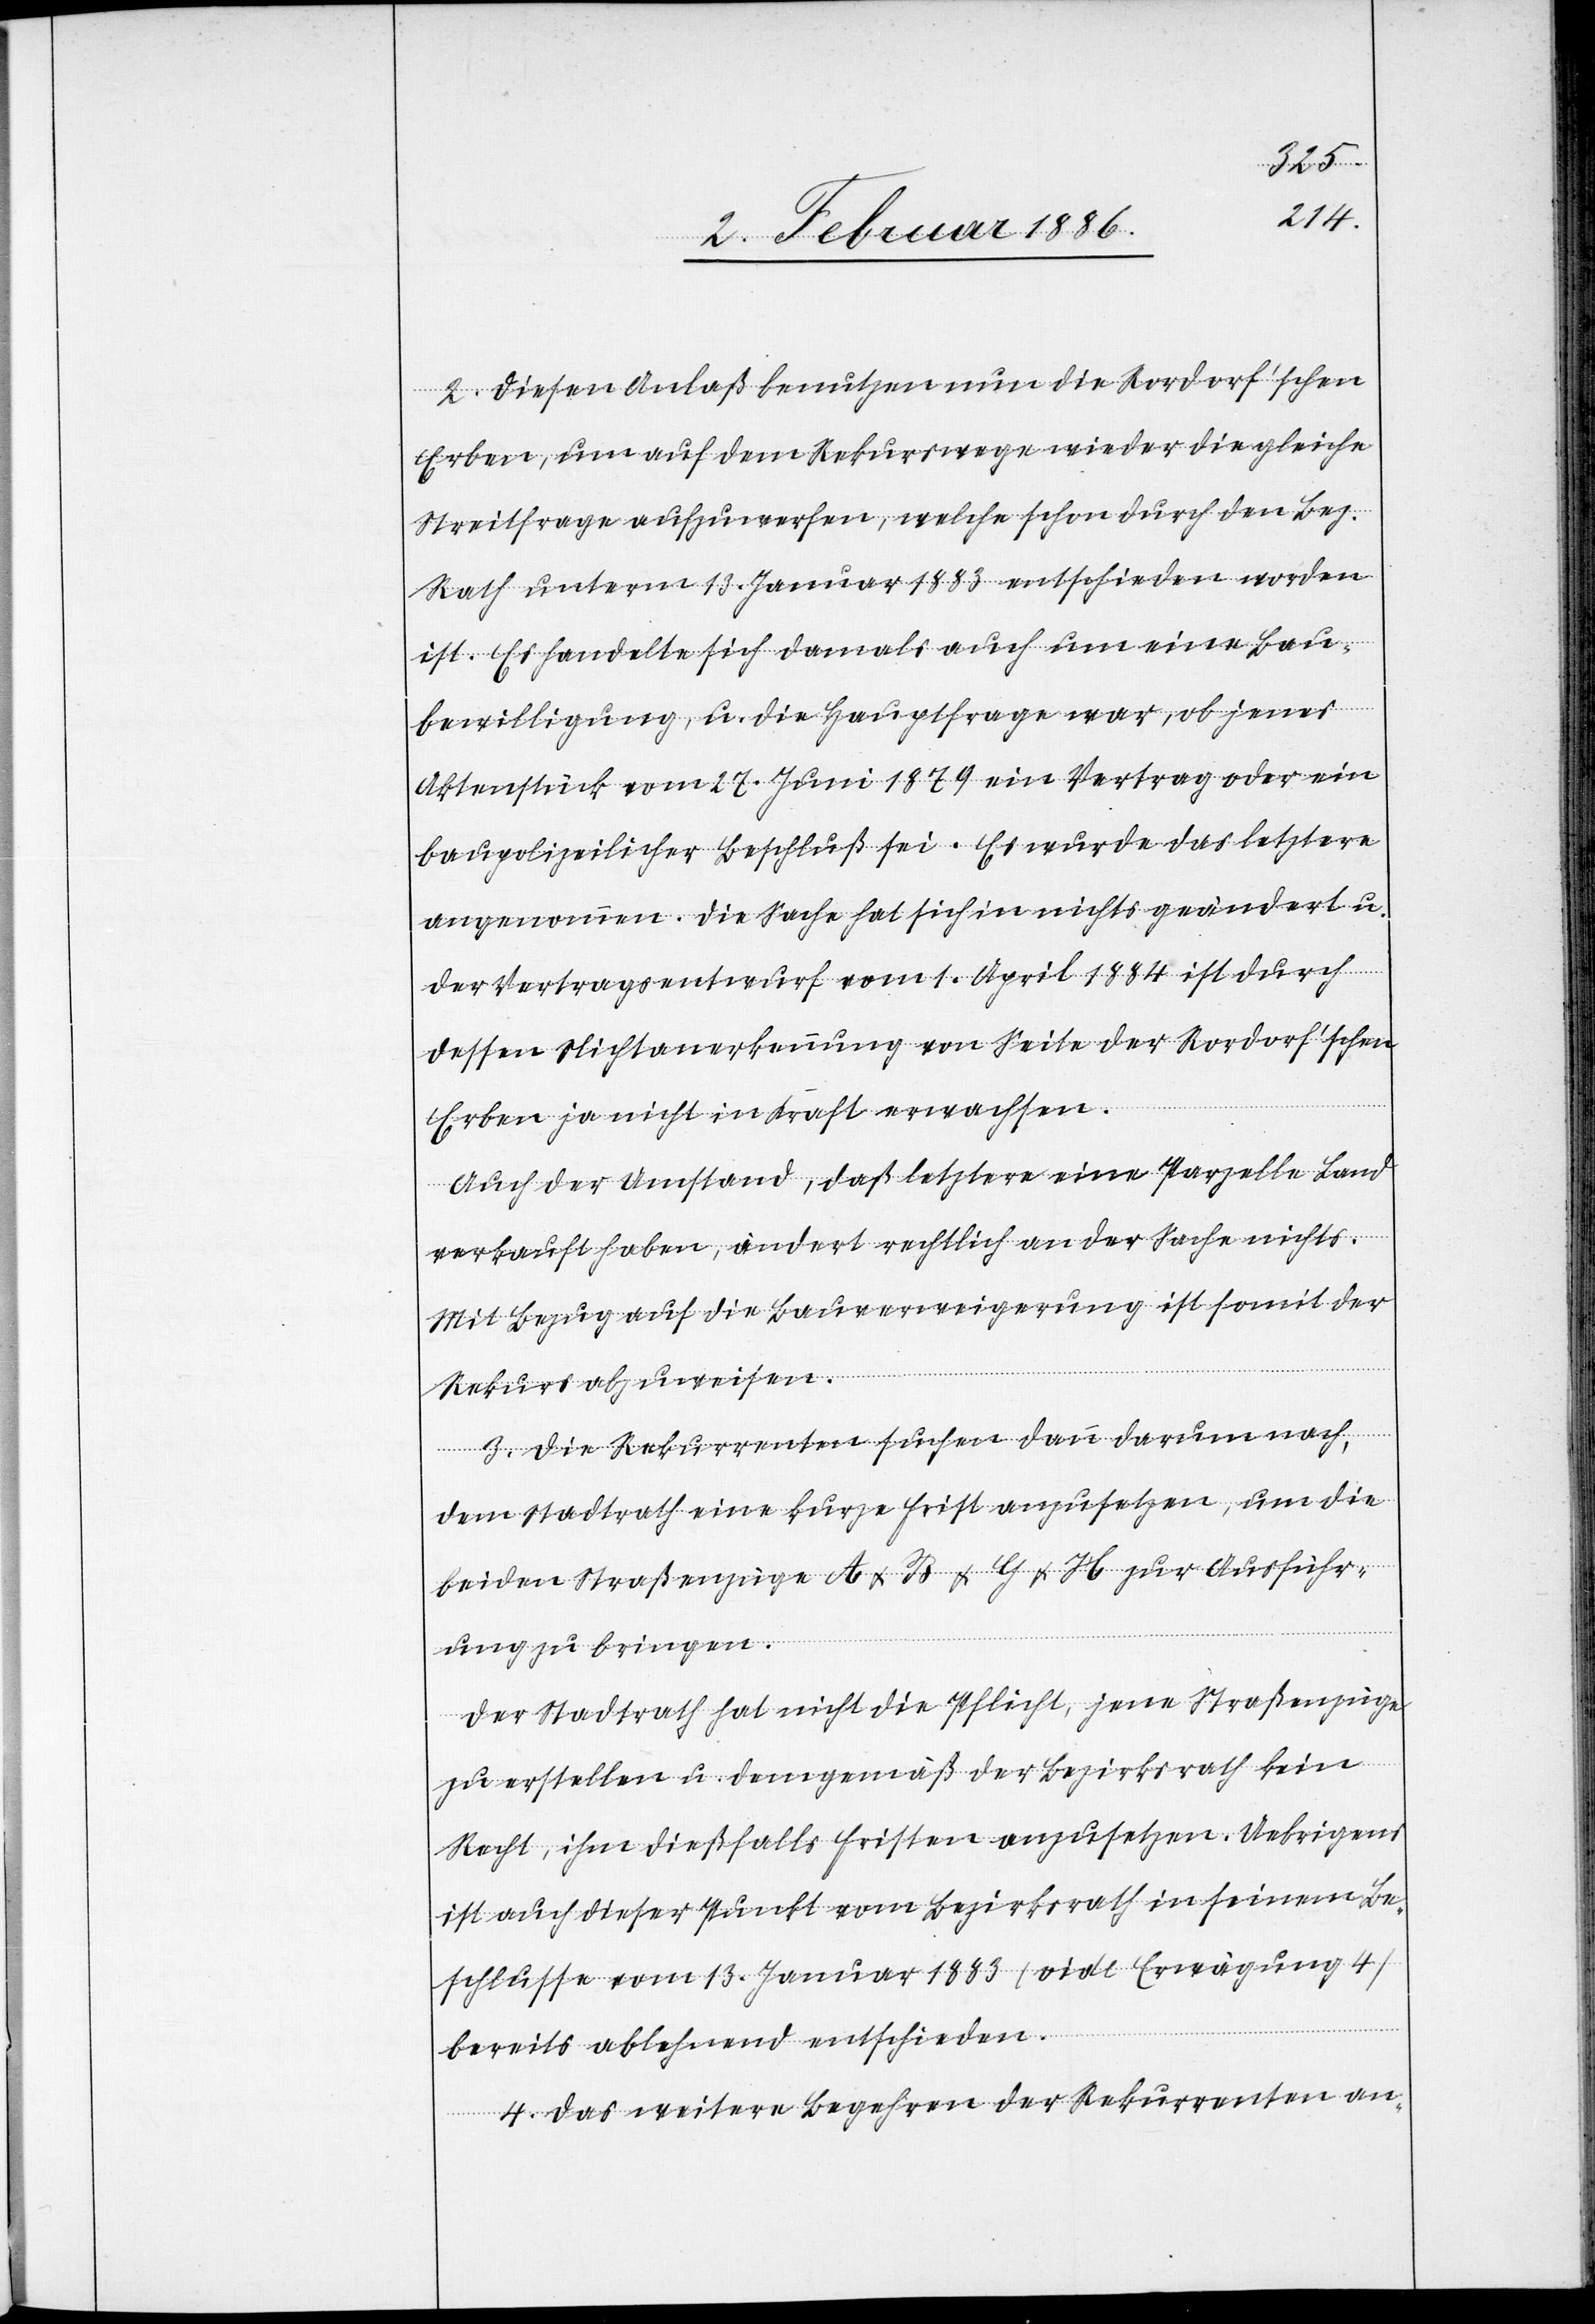
2. Diesen Anlaß benutzen nun die Rordorf’schen
Erben, um auf dem Rekurswege wieder die gleiche
Streitfrage aufzuwerfen, welche schon durch den Bez.
Rath unterm 13. Januar 1883 entschieden worden
ist. Es handelte sich damals auch um eine Bau¬
bewilligung, u. die Hauptfrage war, ob jenes
Aktenstück vom 27. Juni 1879 ein Vertrag oder ein
baupolizeilicher Beschluß sei. Es wurde das letztere
angenommen. Die Sache hat sich in nichts geändert u.
der Vertragsentwurf vom 1. April 1884 ist durch
dessen Nichterkennung von Seite der Rordorf’schen
Erben ja nicht in Kraft erwachsen.
Auch der Umstand, daß letztere eine Parzelle Land
verkauft haben, ändert rechtlich an der Sache nichts.
Mit Bezug auf die Bauverweigerung ist somit der
Rekurs abzuweisen.
3. Die Rekurrenten suchen dann darum nach,
dem Stadtrath eine kurze Frist anzusetzen, um die
beiden Straßenzüge A & B & G & H zur Ausführ¬
ung zu bringen.
Der Stadtrath hat nicht die Pflicht, jene Straßenzüge
zu erstellen u. demgemäß der Bezirksrath kein
Recht, ihm dießfalls Fristen anzusetzen. Uebrigens
ist auch dieser Punkt vom Bezirksrath in seinem Be¬
schlusse vom 13. Januar 1883 (vide Erwägung 4)
bereits ablehnend entschieden.
4. Das weitere Begehren der Rekurrenten an-